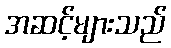
အဆင့်များသည်